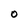
Character: O